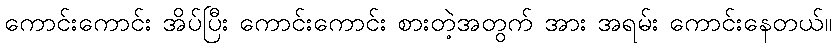
ကောင်းကောင်း အိပ်ပြီး ကောင်းကောင်း စားတဲ့အတွက် အား အရမ်း ကောင်းနေတယ်။